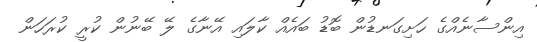
އިންސާނެއްގެ ހަށިގަނޑުން ބޮޑު ބައެއް ކާލައި އޭނާގެ ލޭ ބޭނުން ކުރީ ކުރަހަން